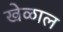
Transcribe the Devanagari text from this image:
खेळाल